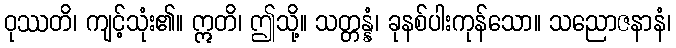
ဝုဿတိ၊ ကျင့်သုံး၏။ ဣတိ၊ ဤသို့။ သတ္တန္နံ၊ ခုနစ်ပါးကုန်သော။ သညောဇနာနံ၊